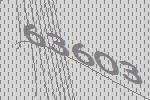
63603